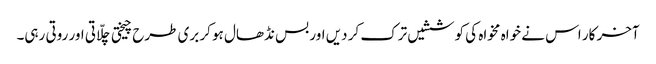
آخر کار اس نے خواہ مخواہ کی کوششیں ترک کر دیں اور بس نڈھال ہو کر بری طرح چیختی چلّاتی اور روتی رہی۔